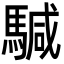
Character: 𩤥